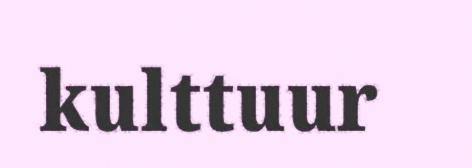
kulttuur